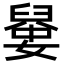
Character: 𡡼